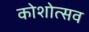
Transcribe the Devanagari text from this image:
कोशोत्सव